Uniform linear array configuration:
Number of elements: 12
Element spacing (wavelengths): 0.75
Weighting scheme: binomial
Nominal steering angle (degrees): -30
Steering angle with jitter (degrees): -28.332
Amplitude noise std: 0.05
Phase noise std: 0.05

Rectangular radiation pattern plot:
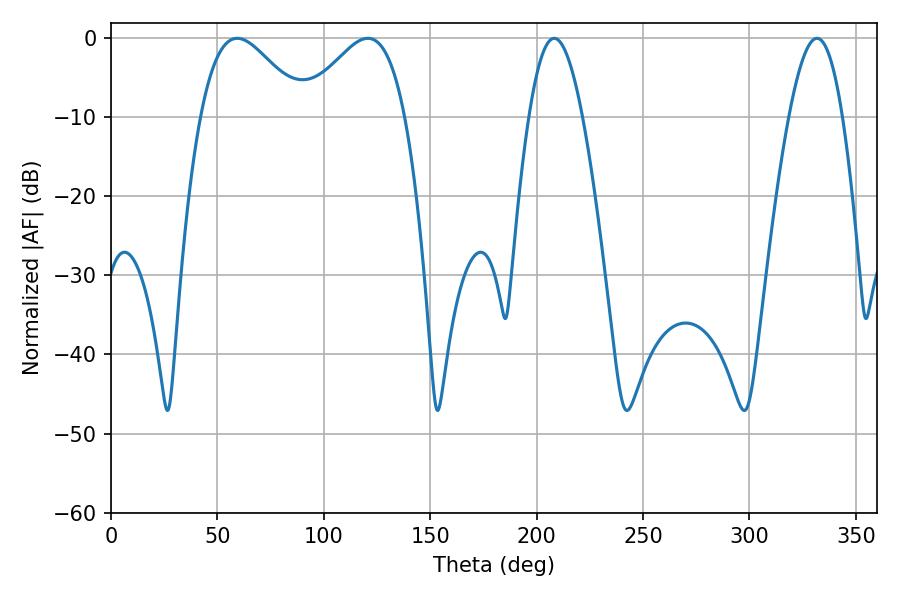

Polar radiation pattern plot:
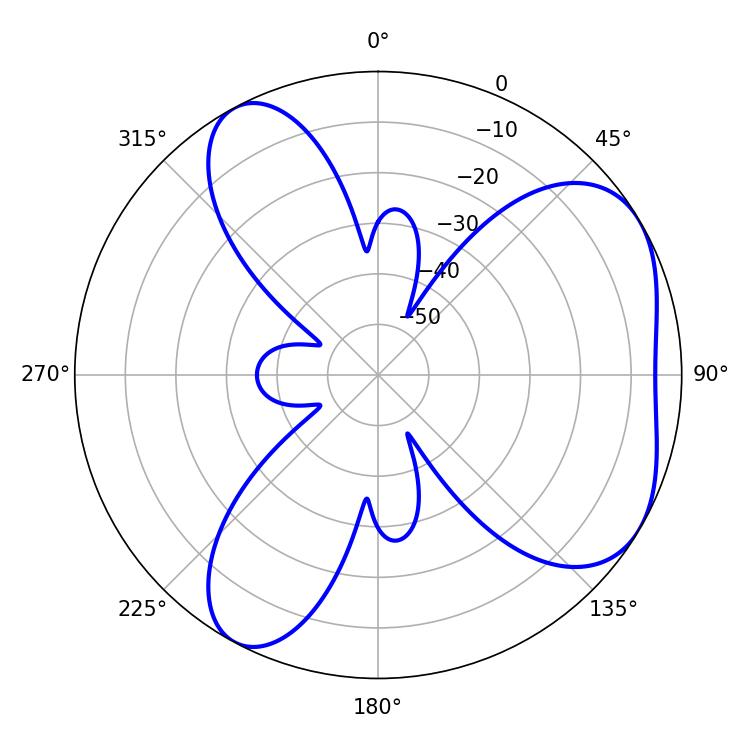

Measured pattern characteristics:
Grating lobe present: TRUE
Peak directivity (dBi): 5.032
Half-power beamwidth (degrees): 13.68
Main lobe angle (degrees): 208.26